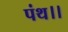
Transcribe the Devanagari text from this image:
पंथ।।